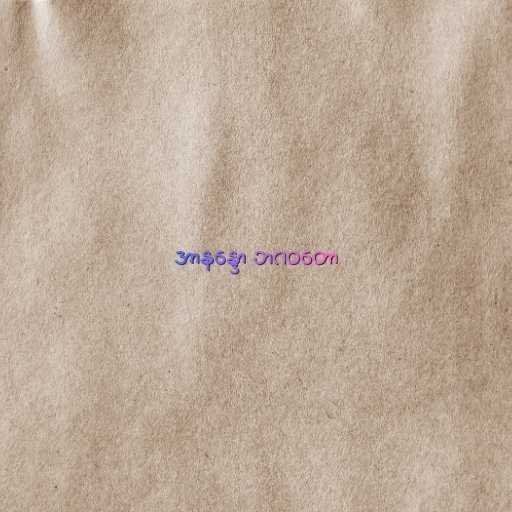
အာနန္ဒော ဘဂဝတော